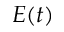
E ( t )